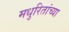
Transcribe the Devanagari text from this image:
मधुरितांच्या